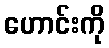
ဟောင်းကို